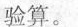
验算。